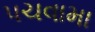
પચવામા